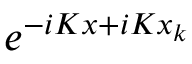
e ^ { - i K x + i K x _ { k } }